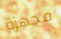
مجهزة